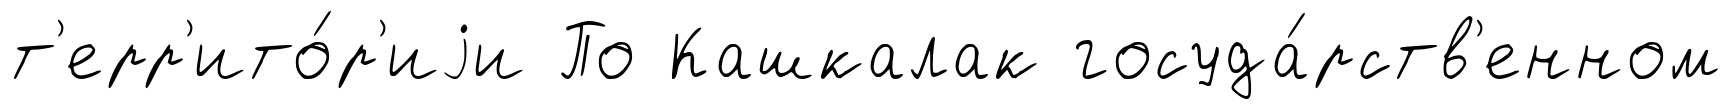
т'ерр'ито́р'иjи По Кашкалак госуда́рств'енном